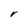
Character: r